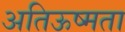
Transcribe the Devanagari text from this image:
अतिऊष्मता